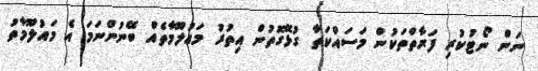
ނަން ނޯޓުކުރި ފަރާތްތަކުން މަސައްކަތާ ގުޅޭގޮތުން އިތުރު މަޢުލޫމާތެއް ބޭނުންނަމަ އެ މައުލޫމާތު